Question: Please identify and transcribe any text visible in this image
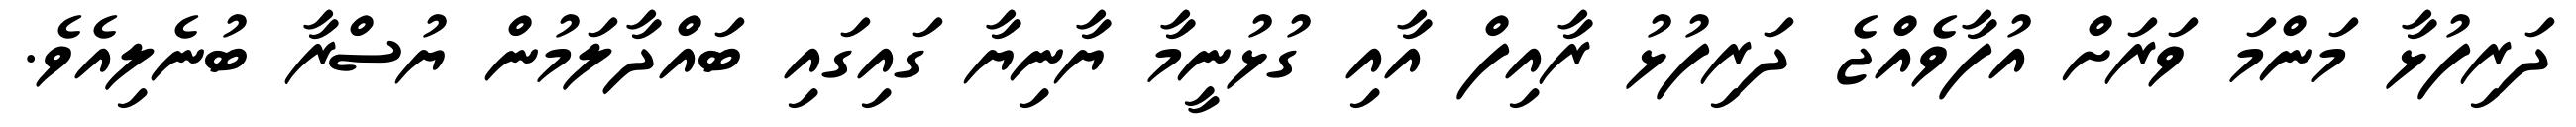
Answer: ދަރިފުޅާ މަންމަ ވަރަށް އުފާވެއްޖެ ދަރިފުޅު ރާއިފް އާއި ގުޅުނީމާ ޔާނިޔާ ގައިގައި ބައްދާލަމުން ޔުސްރާ ބުނެލިއެވެ.